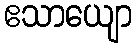
ဧသာယျော